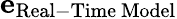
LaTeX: \mathbf{e}_{\mathrm{Real-Time\ Model}}